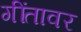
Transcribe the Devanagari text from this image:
गींतावर